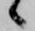
候